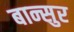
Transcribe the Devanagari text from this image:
बान्सुर